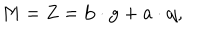
LaTeX: M = Z = { \bf b } \cdot { \bf g } + { \bf a } \cdot { \bf q } ,